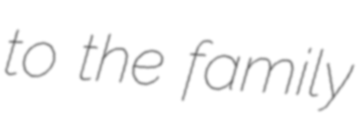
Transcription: to the family